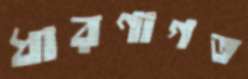
ধারণাগত